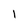
Character: 1